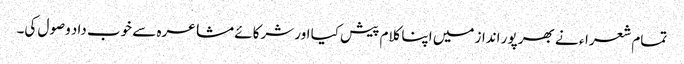
تمام شعراء نے بھر پور انداز میں اپنا کلام پیش کیا اور شرکائے مشاعرہ سے خوب داد وصول کی۔